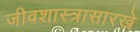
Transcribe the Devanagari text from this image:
जीवशास्त्रासारखे